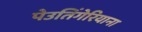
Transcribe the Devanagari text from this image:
पेउतिंगेरियाना